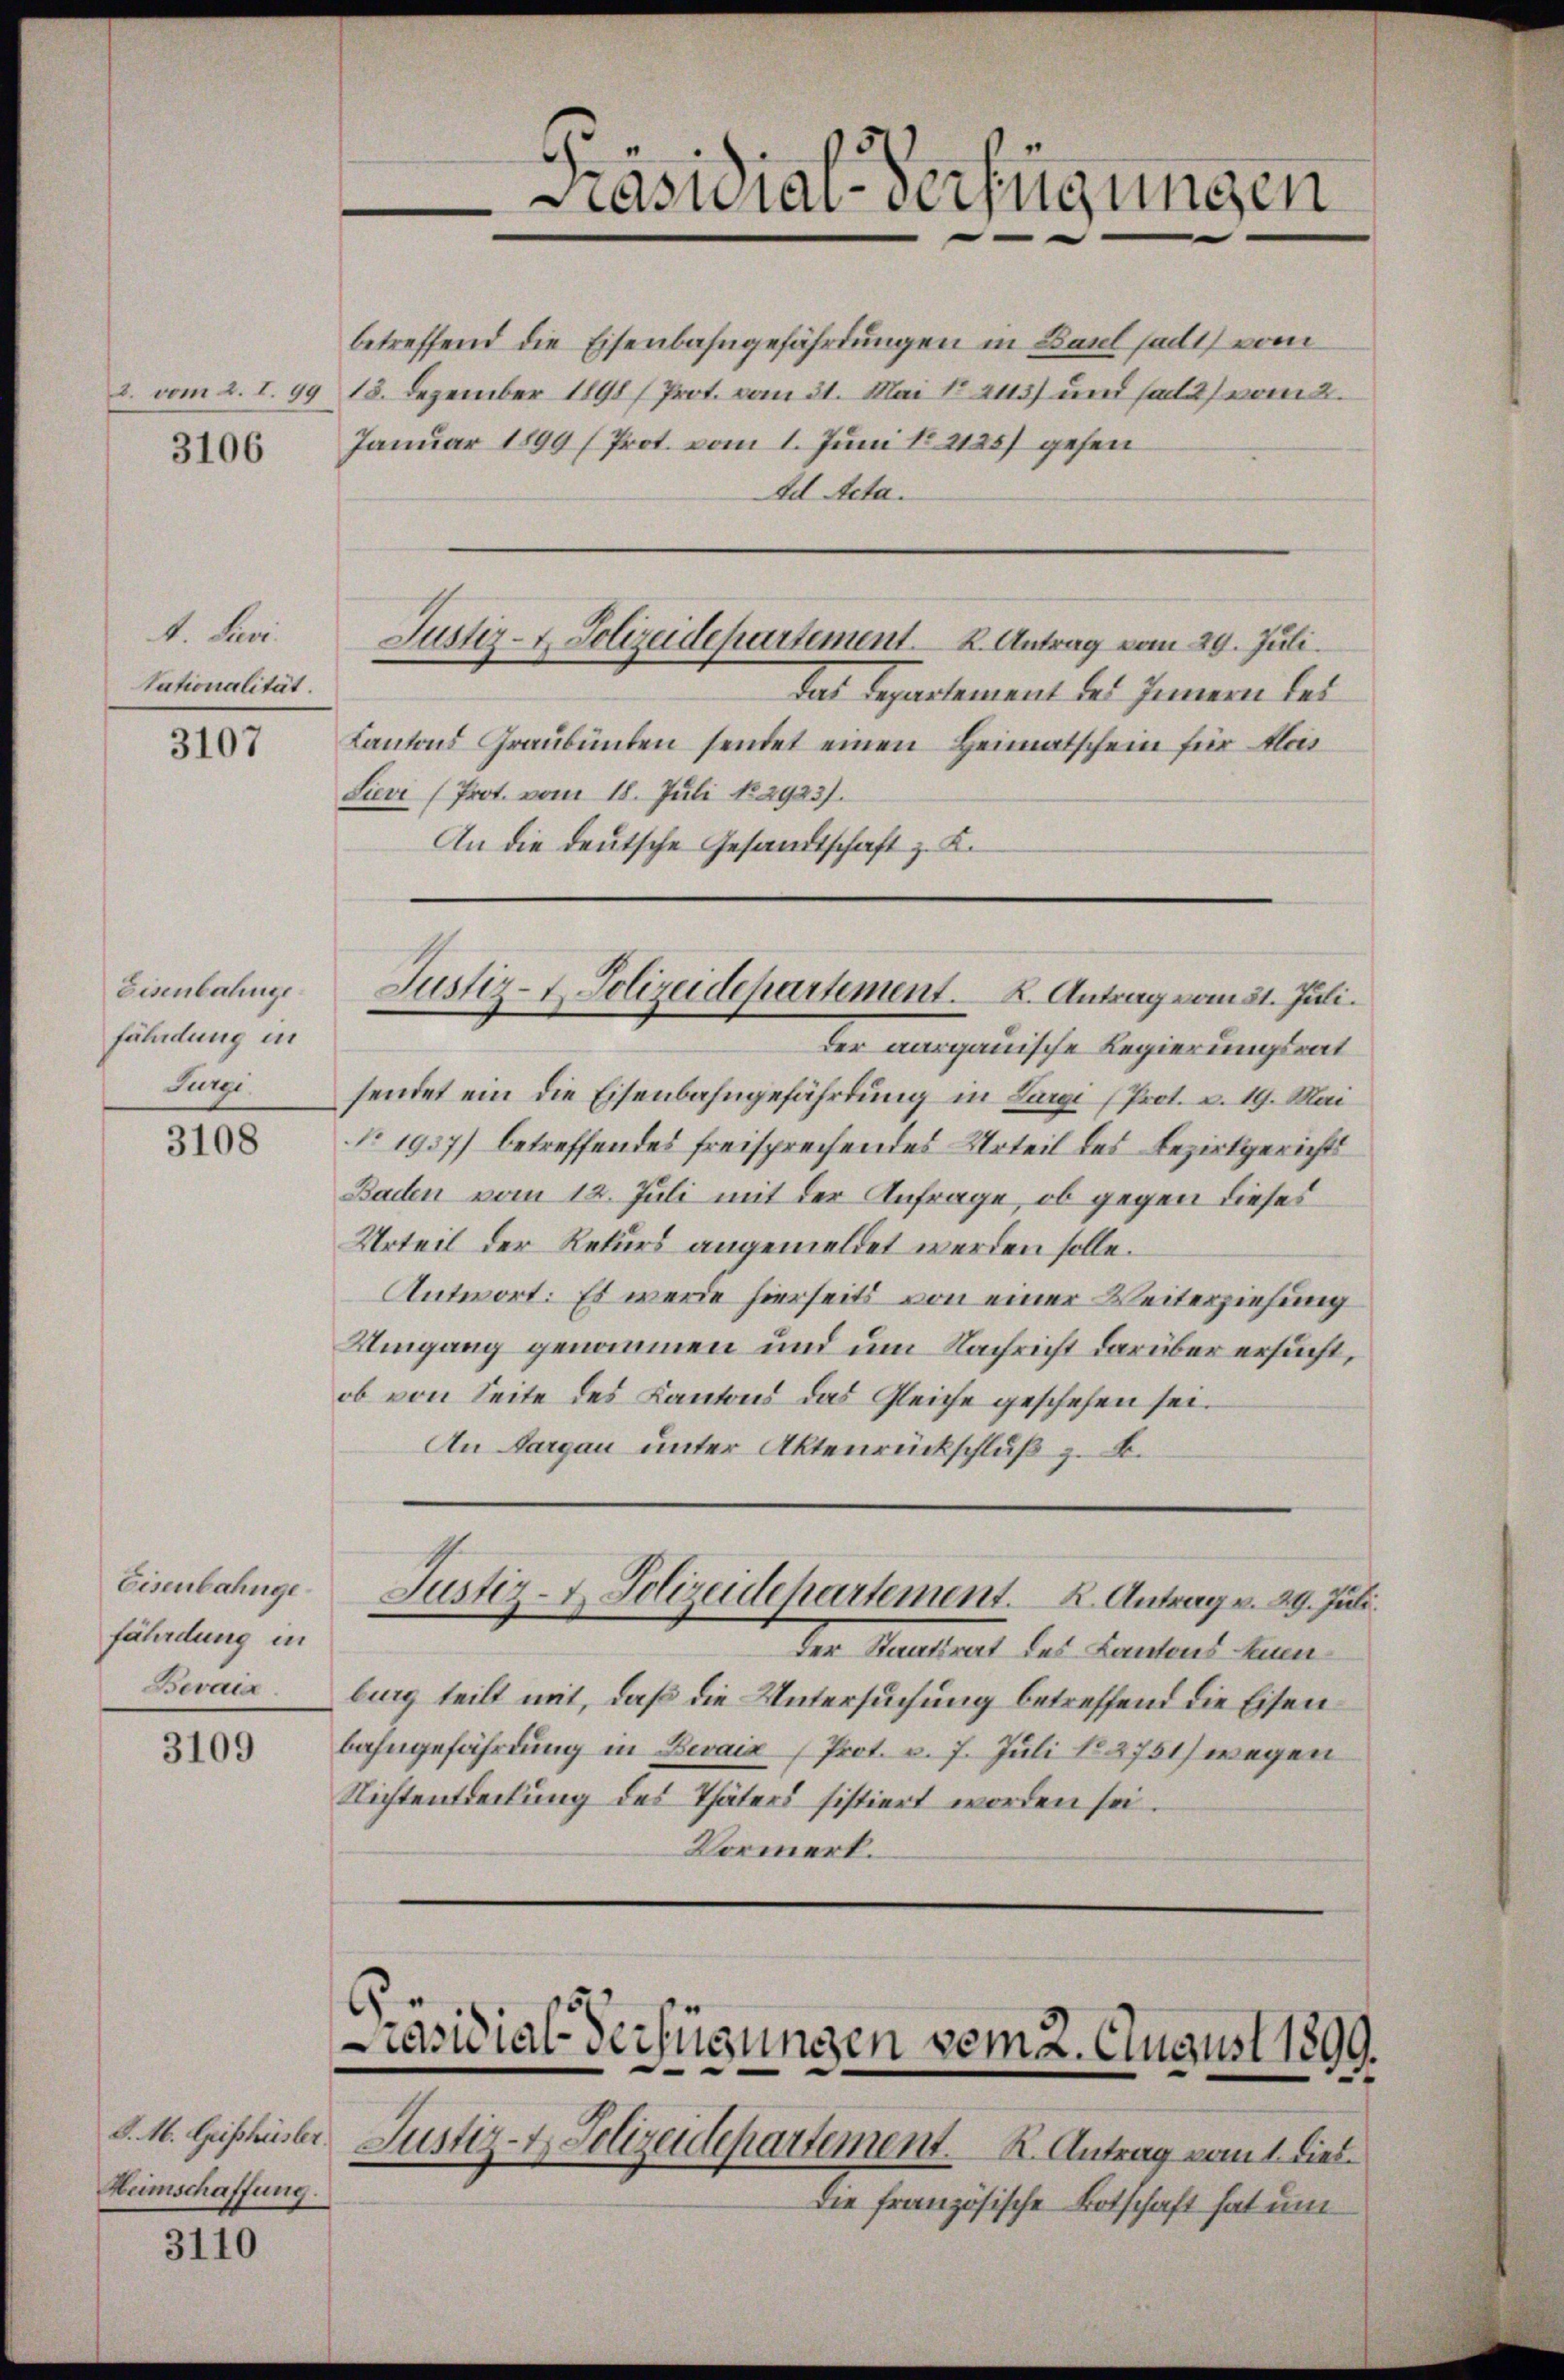
3106

1. Lei
tationalität.

3107

Eisenbalinge
fäldung in
Jurgi

3108

Eisenbahngefährdung in
Bevaia

3109

betreffend die Eisenbahngefährdungen in Baul halt vom
3. vom 2. I. 99 18. Dezember 1898 (Prot. vom 31. Mai No 2113) und sati) vom 2.
Januar 1899 (Prot. vom 1. Juni No 2125) gehen
Ad Acta.
Justiz- & Polizeidepartement. K. Antrag vom 29. Juli.
das Repartement des Innern bei
Kantons Graubünden sendet einen Heimatschein für Alois
Lievi (Prot. vom 18. Juli No 2923).
An die deutsche Gesandtschaft z. K.

Heimschaffung.

3110

Präsidial-Verfügungen

der aargauische Regierungsrat
sendet ein die Eisenbahngefährdung in Largi (Prot. v. 19. Mai
No. 1937) betreffendes freisprechendes Urteil des Bezirkgerichts
Baden vom 12. Juli mit der Anfrage, ob gegen dieses
Urteil der Rekurs angemeldet werden solle.
Antwort: Es werde hierseits von einer Weiterziehung
Umgang genommen und um Nachricht darüber ersucht,
ob von Seite des Kantons das Gleiche geschehen sei.
An Aargau unter Aktenrückschluβ z. B.

Justiz- & Polizeidepartement. K. Antrag vom 31. Juli.

Den Maultrat des Landtens hine
burg teilt mit, daß die Untersuchung betreffend die Eisenbahngefährdung in Devaix Prot. v. 7. Juli No 2751) wegen
Nichtentdeckung des Thäters sistiert worden sei.
Vormerk.
e

Justiz- & Polizeidepartement. K. Antrag v. 29. Juli.

Ge¬
§. 16. Geschüster Justiz- & Polizeidepartement. K. Antrag vom 1. Dieb.

rasuial-Verfügungen vom 2. August 1899.

Die französische Botschaft hat um